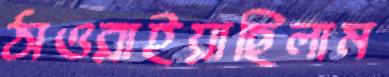
ঠাওরাইয়াছিলাম